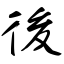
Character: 後